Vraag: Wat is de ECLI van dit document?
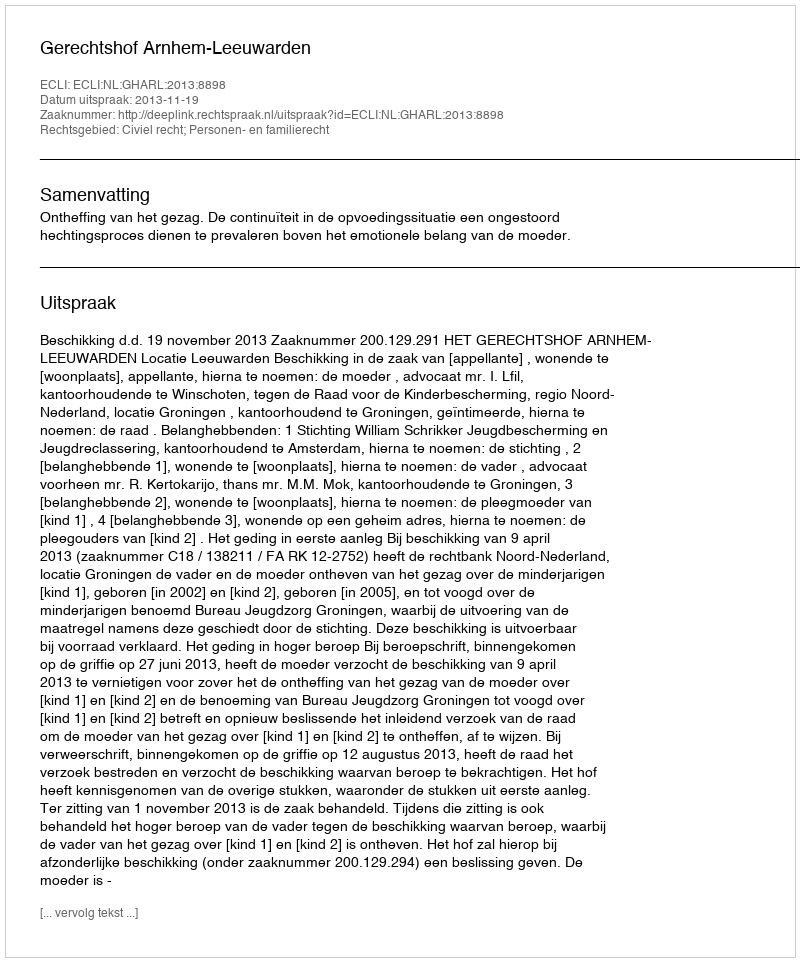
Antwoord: ECLI:NL:GHARL:2013:8898